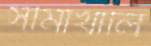
সীমাখালি